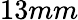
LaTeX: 13mm